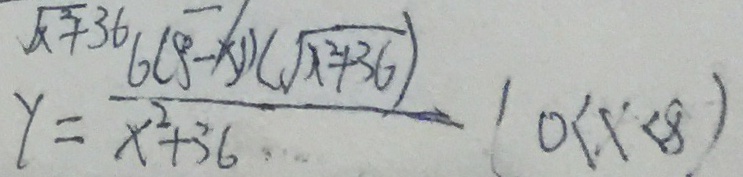
y = \frac { 6 ( 8 - x ) ( \sqrt { x ^ { 2 } + 3 6 } ) } { x ^ { 2 } + 3 6 } ( 0 < x < 8 )